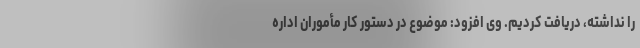
را نداشته، دریافت کردیم. وی افزود: موضوع در دستور کار مأموران اداره